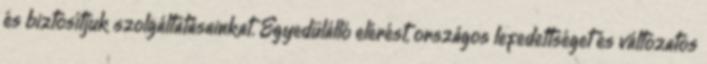
és biztosítjuk szolgáltatásainkat. Egyedülálló elérést, országos lefedettséget és változatos